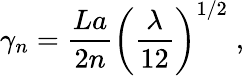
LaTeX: \gamma_{n}=\frac{La}{2n}\left(\frac{\lambda}{12}\right)^{1/2}\; ,